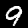
Digit: 9